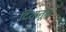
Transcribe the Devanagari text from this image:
दिशातून